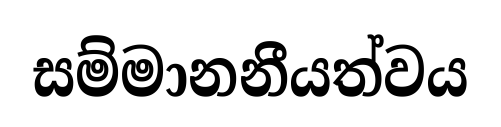
සම්මානනීයත්වය